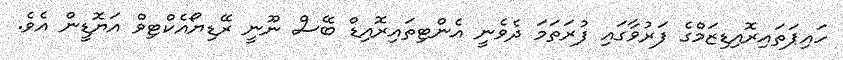
ހައިޕަތައިރޮއިޑިޒަމްގެ ފަރުވާގައި ފުރަތަމަ ދެވެނީ އެންޓިތައިރޮއިޑް ބޭސް ނޫނީ ރޭޑިޔޯއެކްޓިވް އަޔޮޑީން އެވެ.